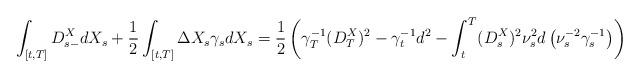
LaTeX: \begin{align*}& \int_{[t,T]} D^X_{s-}dX_s + \frac12 \int_{[t,T]} \Delta X_s \gamma_s dX_s = \frac12 \left( \gamma_T^{-1} (D^X_T)^2 - \gamma_t^{-1} d^2 - \int_{t}^T (D^X_s)^2\nu_s^2 d\left(\nu^{-2}_s\gamma_s^{-1}\right) \right)\end{align*}